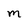
Character: m